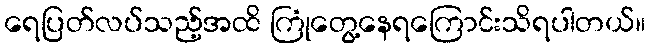
ရေပြတ်လပ်သည့်အထိ ကြုံတွေ့နေရကြောင်းသိရပါတယ်။